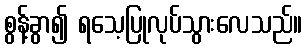
စွန့်ခွာ၍ ရသေ့ပြုလုပ်သွားလေသည်။